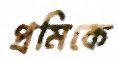
প্রমিকে